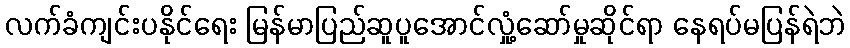
လက်ခံကျင်းပနိုင်ရေး မြန်မာပြည်ဆူပူအောင်လှုံ့ဆော်မှုဆိုင်ရာ နေရပ်မပြန်ရဲဘဲ